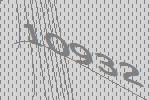
10932